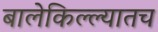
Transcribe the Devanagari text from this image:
बालेकिल्ल्यातच